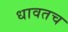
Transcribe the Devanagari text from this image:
धावतच